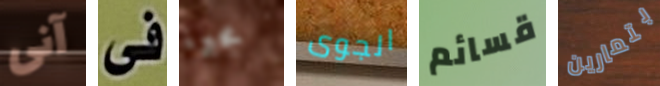
آنى فى مجبرة الجوى قسائم بتمارين